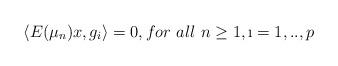
LaTeX: \begin{align*}\langle E(\mu _{n})x,g_{i}\rangle =0, for\ all \ n\geq 1,\i=1,..,p\end{align*}